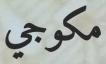
مكوجي